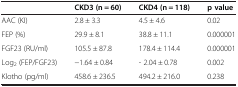
<table><thead><tr><td><b> </b></td><td><b>CKD3 (n = 60)</b></td><td><b>CKD4 (n = 118)</b></td><td><b>p value</b></td></tr></thead><tbody><tr><td>AAC (KI)</td><td>2.8 ± 3.3</td><td>4.5 ± 4.6</td><td>0.02</td></tr><tr><td>FEP (%)</td><td>29.9 ± 8.1</td><td>38.8 ± 11.1</td><td>0.000001</td></tr><tr><td>FGF23 (RU/ml)</td><td>105.5 ± 87.8</td><td>178.4 ± 114.4</td><td>0.000001</td></tr><tr><td>Log<sub>2</sub> (FEP/FGF23)</td><td>−1.64 ± 0.84</td><td>- 2.04 ± 0.78</td><td>0.002</td></tr><tr><td>Klotho (pg/ml)</td><td>458.6 ± 236.5</td><td>494.2 ± 216.0</td><td>0.238</td></tr></tbody></table>